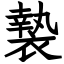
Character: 褺